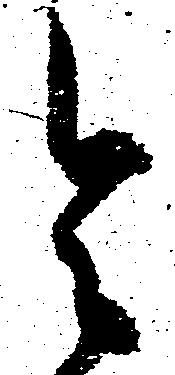
令